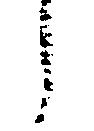
之